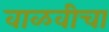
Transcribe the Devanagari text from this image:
वाळवीचा